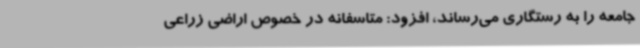
جامعه را به رستگاری می‌رساند، افزود: متاسفانه در خصوص اراضی زراعی